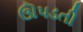
ઊપડતી